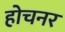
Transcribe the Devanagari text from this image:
होचनर